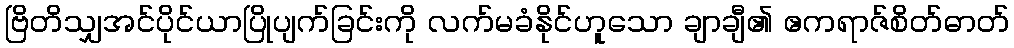
ဗြိတိသျှအင်ပိုင်ယာပြိုပျက်ခြင်းကို လက်မခံနိုင်ဟူသော ချာချီ၏ ဧကရာဇ်စိတ်ဓာတ်